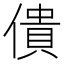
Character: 僓